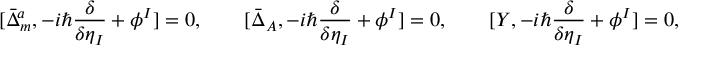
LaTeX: [ \bar { \Delta } _ { m } ^ { a } , - i \hbar \frac { \delta } { \delta \eta _ { I } } + \phi ^ { I } ] = 0 , \qquad [ \bar { \Delta } _ { A } , - i \hbar \frac { \delta } { \delta \eta _ { I } } + \phi ^ { I } ] = 0 , \qquad [ Y , - i \hbar \frac { \delta } { \delta \eta _ { I } } + \phi ^ { I } ] = 0 ,